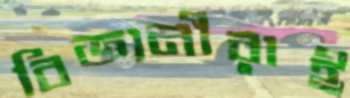
বিজ্ঞানীরাই